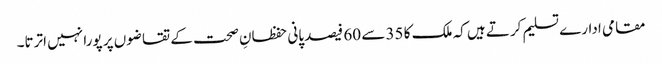
مقامی ادارے تسلیم کرتے ہیں کہ ملک کا 35 سے 60 فیصد پانی حفظانِ صحت کے تقاضوں پر پورا نہیں اترتا۔